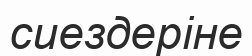
сиездеріне